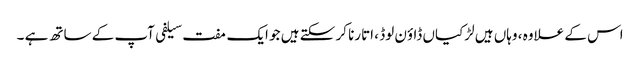
اس کے علاوہ ، وہاں ہیں لڑکیاں ڈاؤن لوڈ ، اتارنا کر سکتے ہیں جو ایک مفت سیلفی آپ کے ساتھ ہے ۔